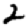
Digit: 2